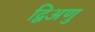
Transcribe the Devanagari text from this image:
द्विअणु